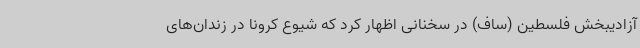
آزادیبخش فلسطین (ساف) در سخنانی اظهار کرد که شیوع کرونا در زندان‌های